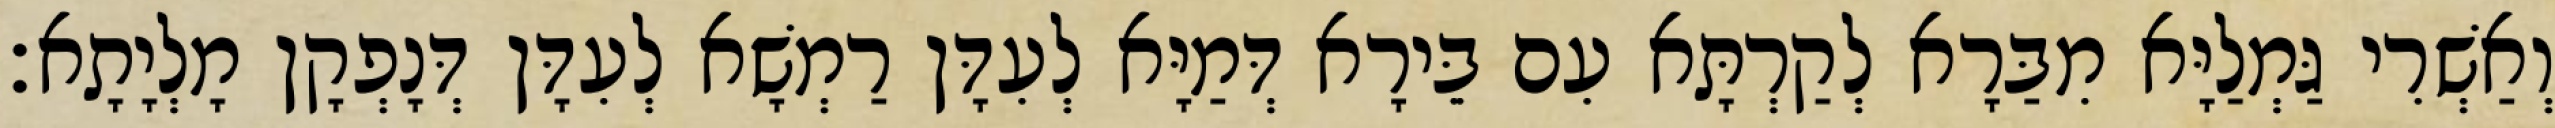
וְאַשְׁרִי גַּמְלַיָּא מִבַּרָא לְקַרְתָּא עִם בֵּירָא דְּמַיָּא לְעִדָּן רַמְשָׁא לְעִדָּן דְּנָפְקָן מָלְיָתָא׃